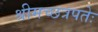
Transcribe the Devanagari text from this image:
श्रीमच्छत्रपतेः